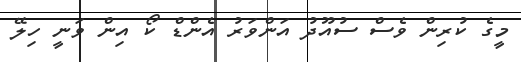
މީގެ ކުރިން ވެސް ސުއޫދު އަންވަރު އެންޑް ކޯ އިން ވަނީ ހިލޭ